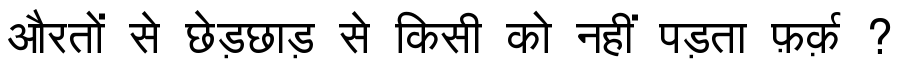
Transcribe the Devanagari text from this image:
औरतों से छेड़छाड़ से किसी को नहीं पड़ता फ़र्क़ ?